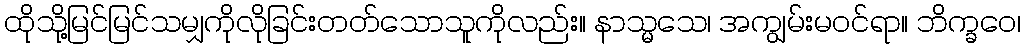
ထိုသို့မြင်မြင်သမျှကိုလိုခြင်းတတ်သောသူကိုလည်း။ နာသ္မသေ၊ အကျွမ်းမဝင်ရာ။ ဘိက္ခဝေ၊